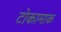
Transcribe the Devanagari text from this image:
टोकामाक